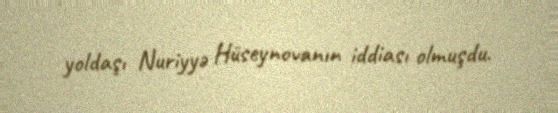
yoldaşı Nuriyyə Hüseynovanın iddiası olmuşdu.